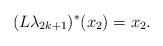
LaTeX: \begin{align*}(L\lambda_{2k+1})^\ast(x_2)=x_2.\end{align*}